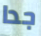
جدا